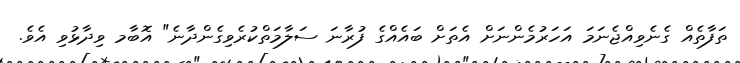
ތަފާތެއް ގެނެވިއްޖެނަމަ އަހަރުމެންނަށް އެތަށް ބައެއްގެ ފުރާނަ ސަލާމަތްކުރެވިގެންދާނެ" އޮބާމ ވިދާޅުވި އެވެ.